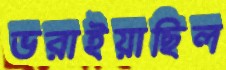
ভরাইয়াছিল